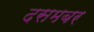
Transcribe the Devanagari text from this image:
दसमबर